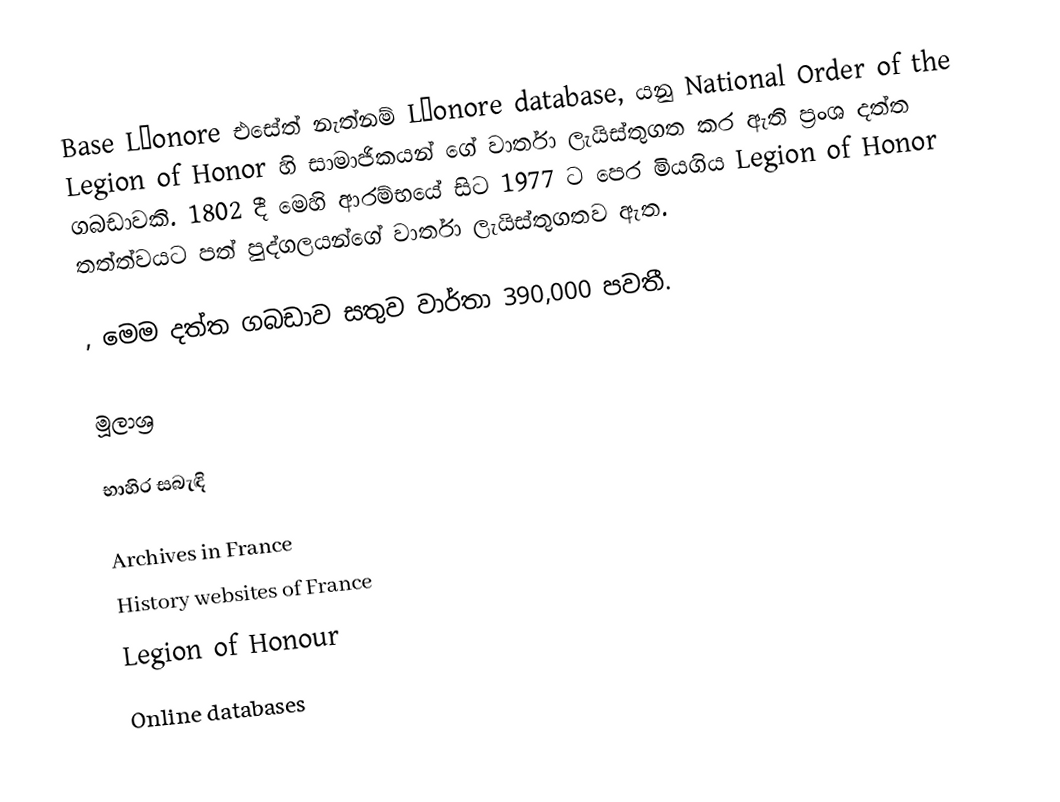
Base Léonore එසේත් නැත්නම් Léonore database, යනු National Order of the Legion of Honor හි සාමාජිකයන් ගේ වාර්තා ලැයිස්තුගත කර ඇති ප්‍රංශ දත්ත ගබඩාවකි. 1802 දී මෙහි ආරම්භයේ සිට 1977 ට පෙර මියගිය Legion of Honor තත්ත්වයට පත් පුද්ගලයන්ගේ වාර්තා ලැයිස්තුගතව ඇත.

, මෙම දත්ත ගබඩාව සතුව වාර්තා 390,000 පවතී.

මූලාශ්‍ර

භාහිර සබැඳි

Archives in France
History websites of France
Legion of Honour
Online databases